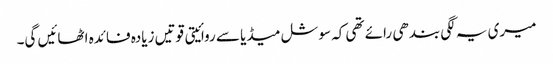
میری یہ لگی بندھی رائے تھی کہ سوشل میڈیا سے روائیتی قوتیں زیادہ فائدہ اٹھائیں گی۔